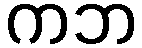
ကဘ